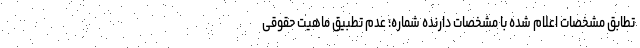
تطابق مشخصات اعلام شده با مشخصات دارنده شماره؛ عدم تطبیق ماهیت حقوقی